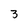
Character: 3